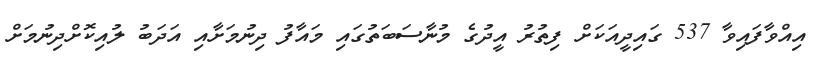
އިއްވާފައިވާ 537 ގައިދީއަކަށް ފިތުރު އީދުގެ މުނާސަބަތުގައި މައާފު ދިނުމަށާއި އަދަބު ލުއިކޮށްދިނުމަށް